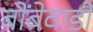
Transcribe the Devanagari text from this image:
बोंबेवाडी